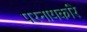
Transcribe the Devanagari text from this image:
परनायकरि